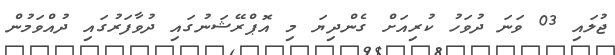
ޖުލައި 03 ވަނަ ދުވަހު ކުރިއަށް ގެންދިޔަ މި އޮޕްރޭޝަނުގައި ދުވާފަރުގައި ދުއްވަމުން